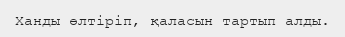
Ханды өлтіріп, қаласын тартып алды.